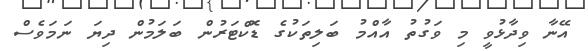
އޭނާ ވިދާޅުވީ މި ވަގުތު އާއްމު ބަލިތަކުގެ ޑޮކްޓަރުން ބަލަމުން ދިޔަ ނަމަވެސް